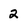
Character: 2